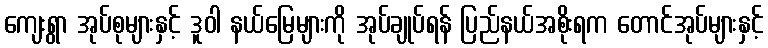
ကျေးရွာ အုပ်စုများနှင့် ဒူဝါ နယ်မြေများကို အုပ်ချုပ်ရန် ပြည်နယ်အစိုးရက တောင်အုပ်များနှင့်